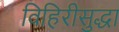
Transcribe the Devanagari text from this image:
विहिरीसुद्धा